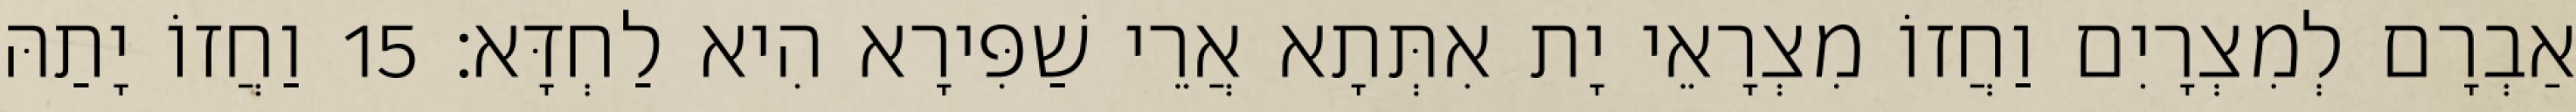
אַבְרָם לְמִצְרָיִם וַחֲזוֹ מִצְרָאֵי יָת אִתְּתָא אֲרֵי שַׁפִּירָא הִיא לַחְדָּא׃ 15 וַחֲזוֹ יָתַהּ